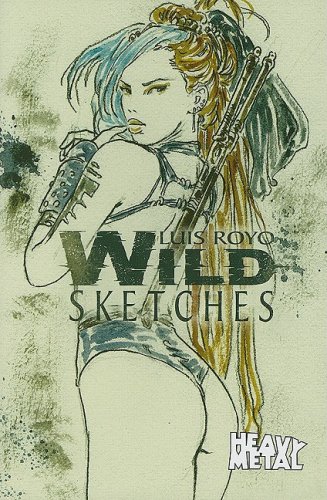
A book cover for Luis Royo Wild Sketches Volume 3; Arts & Photography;